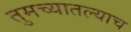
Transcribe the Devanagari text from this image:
तुमच्यातल्याच